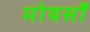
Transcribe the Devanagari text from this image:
मोयसाँ